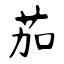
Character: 茄